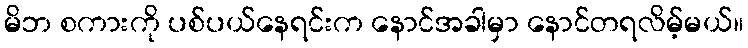
မိဘ စကားကို ပစ်ပယ်နေရင်းက နောင်အခါမှာ နောင်တရလိမ့်မယ်။